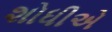
શોધીએ